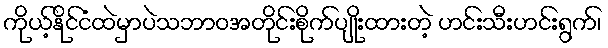
ကိုယ့်နိုင်ငံထဲမှာပဲသဘာဝအတိုင်းစိုက်ပျိုးထားတဲ့ ဟင်းသီးဟင်းရွက်၊